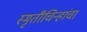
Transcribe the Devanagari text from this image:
स्मृतीचिन्हांचा